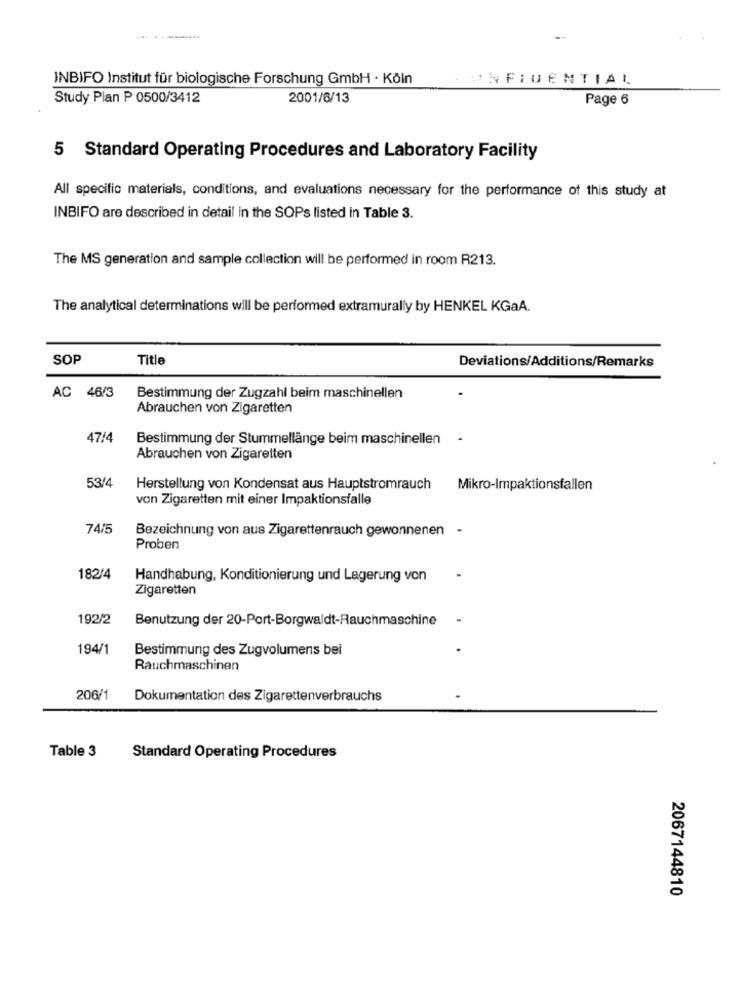
INBIFO Institut für biologische Forschung GmbH · Köln
CONFIDENTIAL
Study Plan P 0500/3412
2001/6/13
Page 6
5 Standard Operating Procedures and Laboratory Facility
All specific materials, conditions, and evaluations necessary for the performance of this study at
INBIFO are described in detail in the SOPs listed in Table 3.
The MS generation and sample collection will be performed in room R213.
The analytical determinations will be performed extramurally by HENKEL KGaA.
SOP
Title
Deviations/Additions/Remarks
AC 46/3
Bestimmung der Zugzahl beim maschinellen
Abrauchen von Zigaretten
47/4
Bestimmung der Stummellänge beim maschinellen -
Abrauchen von Zigaretten
53/4
Herstellung von Kondensat aus Hauptstromrauch
Mikro-Impaktionsfallen
von Zigaretten mit einer Impaktionsfalle
74/5
Bezeichnung von aus Zigarettenrauch gewonnenen -
Proben
182/4
Handhabung, Konditionierung und Lagerung von
Zigaretten
192/2
Benutzung der 20-Port-Borgwaldt-Rauchmaschine
194/1
Bestimmung des Zugvolumens bei
Rauchmaschinen
206/1
Dokumentation des Zigarettenverbrauchs
Table 3
Standard Operating Procedures
2067144810